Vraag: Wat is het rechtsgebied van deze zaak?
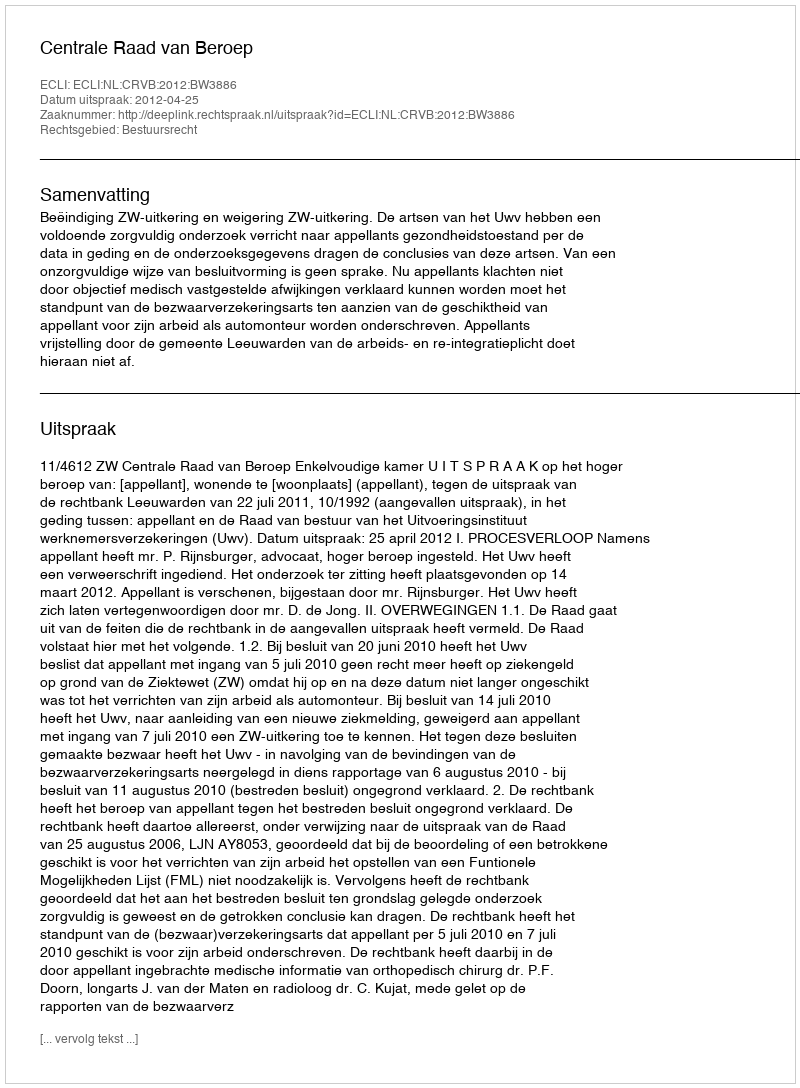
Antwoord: Bestuursrecht